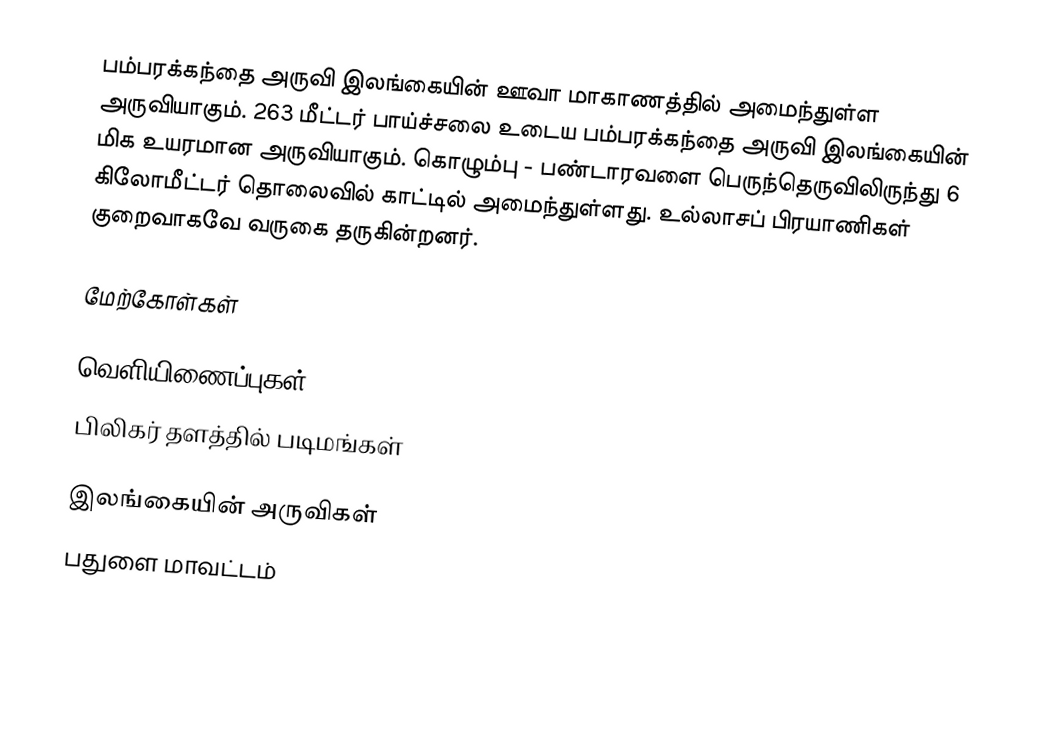
பம்பரக்கந்தை அருவி இலங்கையின் ஊவா மாகாணத்தில் அமைந்துள்ள அருவியாகும். 263 மீட்டர் பாய்ச்சலை உடைய பம்பரக்கந்தை அருவி இலங்கையின் மிக உயரமான அருவியாகும். கொழும்பு - பண்டாரவளை பெருந்தெருவிலிருந்து 6 கிலோமீட்டர் தொலைவில் காட்டில் அமைந்துள்ளது. உல்லாசப் பிரயாணிகள் குறைவாகவே வருகை தருகின்றனர்.

மேற்கோள்கள்

வெளியிணைப்புகள்
 பிலிகர் தளத்தில் படிமங்கள்

இலங்கையின் அருவிகள்
பதுளை மாவட்டம்